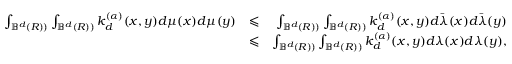
\begin{array} { r l r } { \int _ { { \mathbb B } ^ { d } ( R ) ) } \int _ { { \mathbb B } ^ { d } ( R ) ) } k _ { d } ^ { ( \alpha ) } ( x , y ) d \mu ( x ) d \mu ( y ) } & { \leqslant } & { \int _ { { \mathbb B } ^ { d } ( R ) ) } \int _ { { \mathbb B } ^ { d } ( R ) ) } k _ { d } ^ { ( \alpha ) } ( x , y ) d \bar { \lambda } ( x ) d \bar { \lambda } ( y ) } \\ & { \leqslant } & { \int _ { { \mathbb B } ^ { d } ( R ) ) } \int _ { { \mathbb B } ^ { d } ( R ) ) } k _ { d } ^ { ( \alpha ) } ( x , y ) d \lambda ( x ) d \lambda ( y ) , } \end{array}